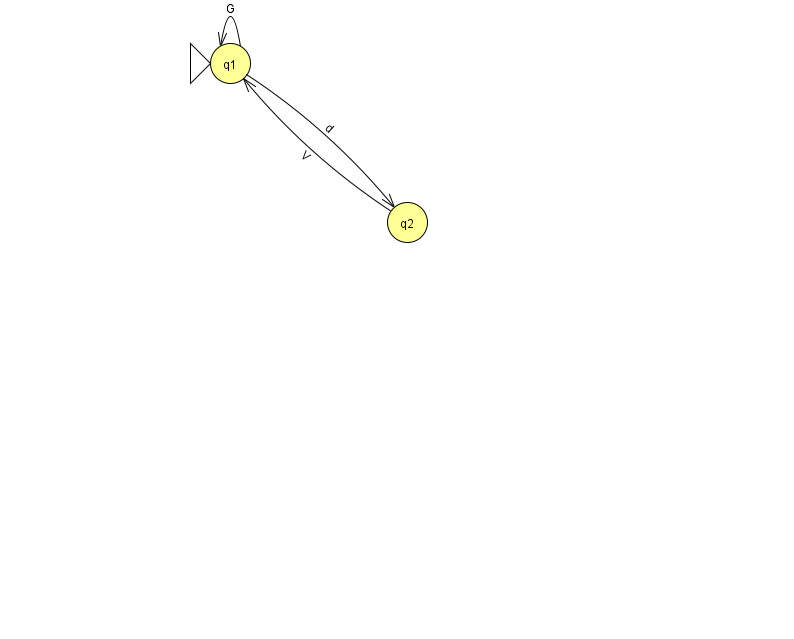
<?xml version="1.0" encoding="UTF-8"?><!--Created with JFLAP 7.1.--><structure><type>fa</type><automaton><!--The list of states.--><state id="1" name="q1"><x>230.0</x><y>50.0</y><initial/></state><state id="2" name="q2"><x>407.0</x><y>209.0</y></state><!--The list of transitions.--><transition><from>1</from><to>1</to><read>G</read></transition><transition><from>1</from><to>2</to><read>d</read></transition><transition><from>2</from><to>1</to><read>V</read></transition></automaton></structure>